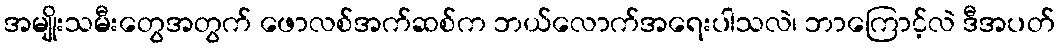
အမျိုးသမီးတွေအတွက် ဖောလစ်အက်ဆစ်က ဘယ်လောက်အရေးပါသလဲ၊ ဘာကြောင့်လဲ ဒီအပတ်